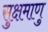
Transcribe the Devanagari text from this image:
सुक्षमाणु